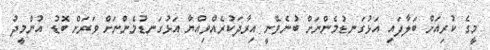
މީގެ ކުރިއަށް ބަލާފައި އަޅުގަނޑުމެންނަށް ބުނެވޭނީ އިރާދަކުރެއްވިއްޔާ އަޅުގަނޑުމެންނަށް ވަރަށް ބޮޑު އުންމީދު